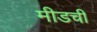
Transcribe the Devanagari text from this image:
मीडची